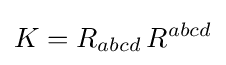
K=R_{abcd}\,R^{abcd}